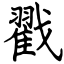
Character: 戳